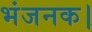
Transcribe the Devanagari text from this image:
भंजनक।